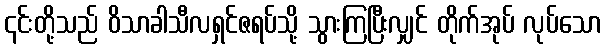
၎င်းတို့သည် ဝိသာခါသီလရှင်ဇရပ်သို့ သွားကြပြီးလျှင် တိုက်အုပ် လုပ်သော